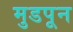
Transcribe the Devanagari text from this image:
मुडपून